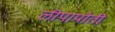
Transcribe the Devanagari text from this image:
लीपापोती